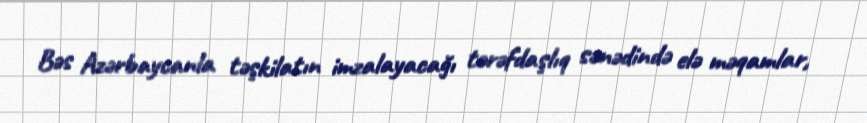
Bəs Azərbaycanla təşkilatın imzalayacağı tərəfdaşlıq sənədində elə məqamlar,